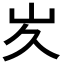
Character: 𭖃